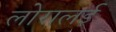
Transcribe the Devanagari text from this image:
लोरालई